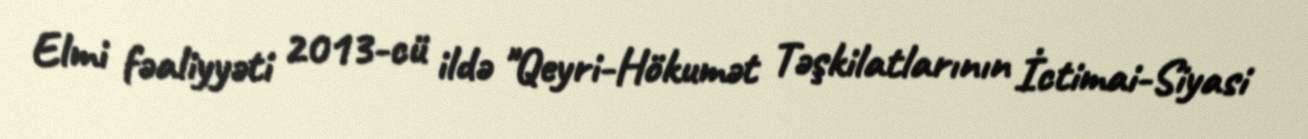
Elmi fəaliyyəti 2013-cü ildə "Qeyri-Hökumət Təşkilatlarının İctimai-Siyasi